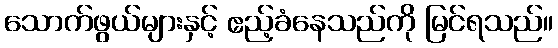
သောက်ဖွယ်များနှင့် ဧည့်ခံနေသည်ကို မြင်ရသည်။